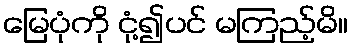
မြေပုံကို ငုံ့၍ပင် မကြည့်မိ။